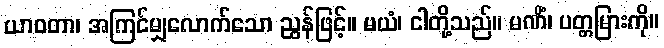
ယာဝတာ၊ အကြင်မျှလောက်သော ညွန်ဖြင့်။ မယံ၊ ငါတို့သည်။ မဏိံ၊ ပတ္တမြားကို။